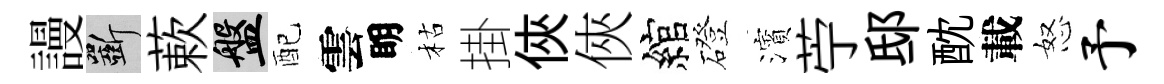
謾斫蔌盤配雲眀枯掛俠俠綰磴濱苧邸酖載怒予